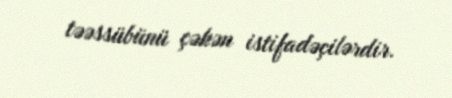
təəssübünü çəkən istifadəçilərdir.